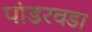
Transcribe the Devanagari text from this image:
पांडरवडा